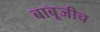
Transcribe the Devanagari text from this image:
बाबूजीच